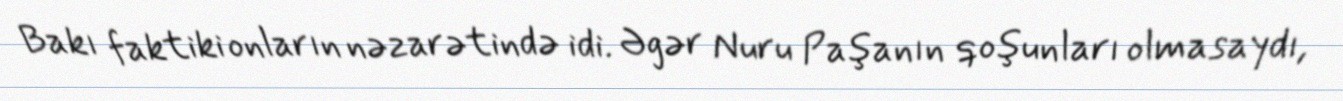
Bakı faktiki onların nəzarətində idi. Əgər Nuru Paşanın qoşunları olmasaydı,